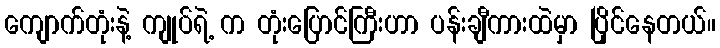
ကျောက်တုံးနဲ့ ကျုပ်ရဲ့ က တုံးပြောင်ကြီးဟာ ပန်းချီကားထဲမှာ ပြိုင်နေတယ်။